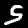
Digit: 5